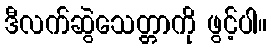
ဒီလက်ဆွဲသေတ္တာကို ဖွင့်ပါ။